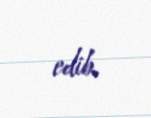
edib.